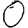
Digit: 0